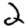
Digit: 2